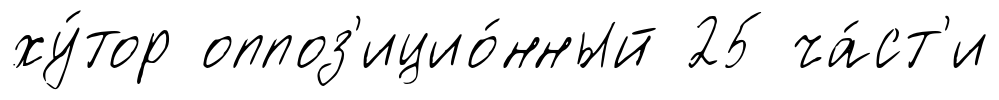
ху́тор оппоз'ицио́нный 25 ча́ст'и